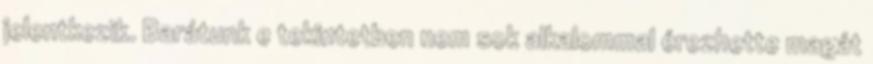
jelentkezik. Barátunk e tekintetben nem sok alkalommal érezhette magát